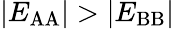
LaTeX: \lvert E_{\mathrm{AA}}\rvert>\lvert E_{\mathrm{BB}}\rvert